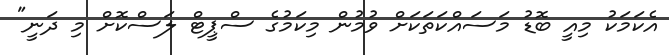
އެކަމަކު މިއީ ބޮޑު މަސައްކަތަކަށް ވުމުން މިކަމުގެ ސްޕީޓް ލަސްކޮށް މި ދަނީ"